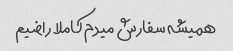
همیشه سفارش میدم کاملا راضیم